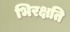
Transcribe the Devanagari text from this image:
भिरक्षति